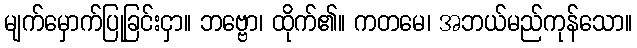
မျက်မှောက်ပြုခြင်းငှာ။ ဘဗ္ဗော၊ ထိုက်၏။ ကတမေ၊ အဘယ်မည်ကုန်သော။